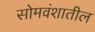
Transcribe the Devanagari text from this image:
सोमवंशातील